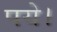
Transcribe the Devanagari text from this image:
पये।